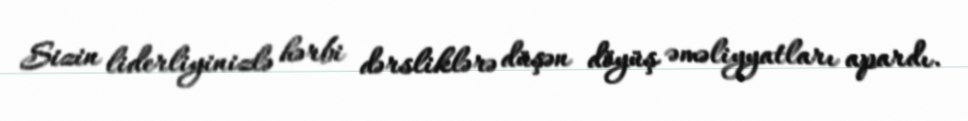
Sizin liderliyinizlə hərbi dərsliklərə düşən döyüş əməliyyatları apardı.